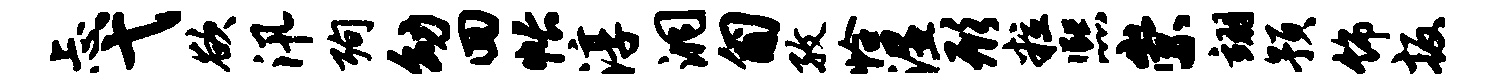
忐弋欲汛殉幼回帐淳洞匍孜恰湿形粒熙崇翊预饰扳